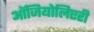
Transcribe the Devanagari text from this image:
ऑजियोलिएरी